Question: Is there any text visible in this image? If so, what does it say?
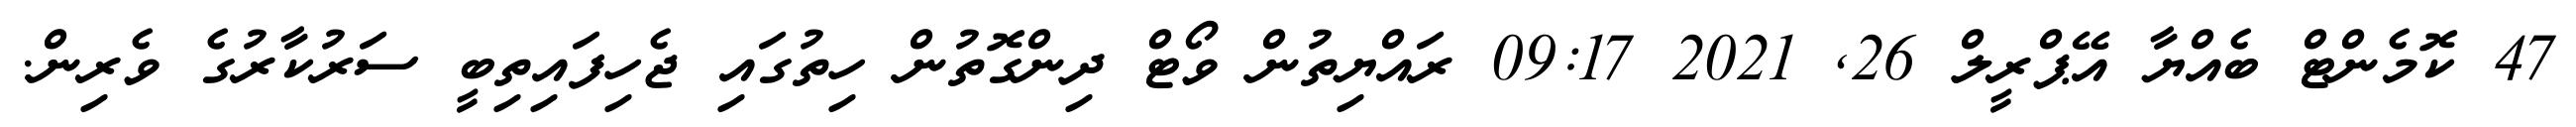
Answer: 47 ކޮމެންޓް ބެއްޔާ އޭޕްރީލް 26, 2021 09:17 ރައްޔިތުން ވޯޓް ދިންގޮތުން ހިތުގައި ޖެހިފައިތިބީ ސަރުކާރުގެ ވެރިން.